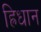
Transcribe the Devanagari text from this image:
ह्रिधान